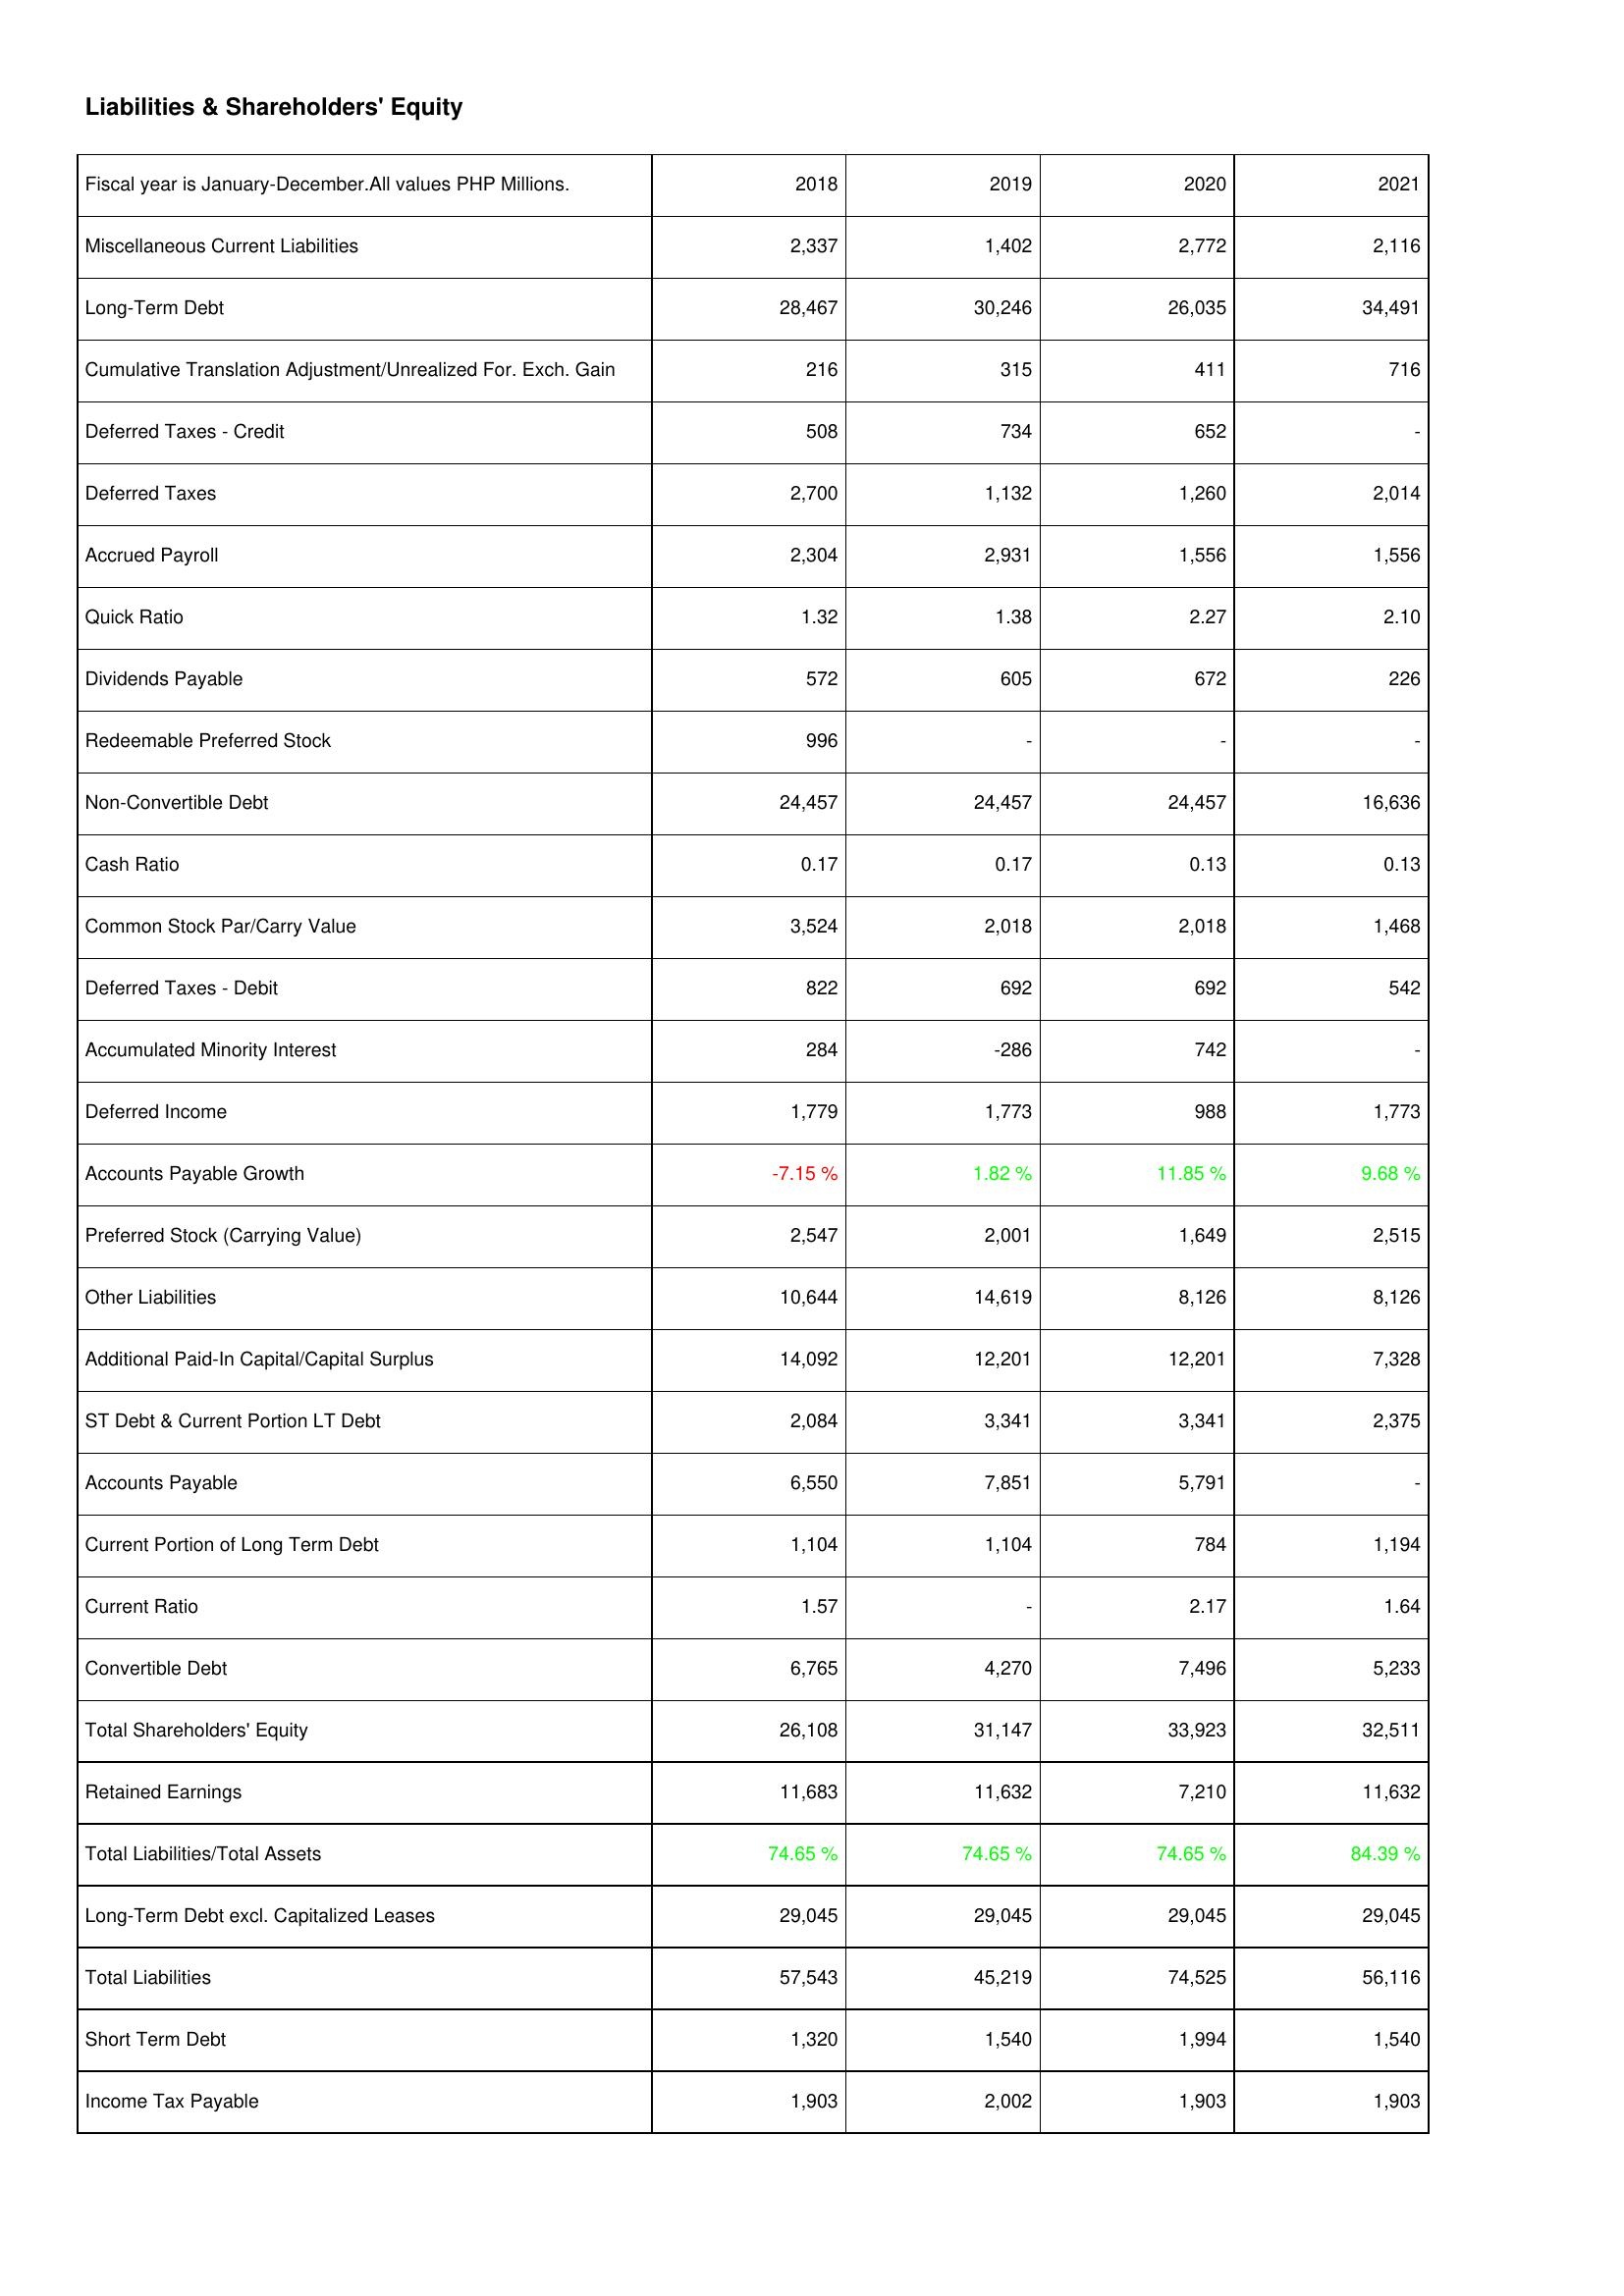
2018: Liabilities & Shareholders' Equity: Miscellaneous Current Liabilities: 2,337
Long-Term Debt: 28,467
Cumulative Translation Adjustment/Unrealized For. Exch. Gain: 216
Deferred Taxes - Credit: 508
Deferred Taxes: 2,700
Accrued Payroll: 2,304
Quick Ratio: 1.32
Dividends Payable: 572
Redeemable Preferred Stock: 996
Non-Convertible Debt: 24,457
Cash Ratio: 0.17
Common Stock Par/Carry Value: 3,524
Deferred Taxes - Debit: 822
Accumulated Minority Interest: 284
Deferred Income: 1,779
Accounts Payable Growth: -7.15 %
Preferred Stock (Carrying Value): 2,547
Other Liabilities: 10,644
Additional Paid-In Capital/Capital Surplus: 14,092
ST Debt & Current Portion LT Debt: 2,084
Accounts Payable: 6,550
Current Portion of Long Term Debt: 1,104
Current Ratio: 1.57
Convertible Debt: 6,765
Total Shareholders' Equity: 26,108
Retained Earnings: 11,683
Total Liabilities/Total Assets: 74.65 %
Long-Term Debt excl. Capitalized Leases: 29,045
Total Liabilities: 57,543
Short Term Debt: 1,320
Income Tax Payable: 1,903
2019: Liabilities & Shareholders' Equity: Miscellaneous Current Liabilities: 1,402
Long-Term Debt: 30,246
Cumulative Translation Adjustment/Unrealized For. Exch. Gain: 315
Deferred Taxes - Credit: 734
Deferred Taxes: 1,132
Accrued Payroll: 2,931
Quick Ratio: 1.38
Dividends Payable: 605
Redeemable Preferred Stock: -
Non-Convertible Debt: 24,457
Cash Ratio: 0.17
Common Stock Par/Carry Value: 2,018
Deferred Taxes - Debit: 692
Accumulated Minority Interest: -286
Deferred Income: 1,773
Accounts Payable Growth: 1.82 %
Preferred Stock (Carrying Value): 2,001
Other Liabilities: 14,619
Additional Paid-In Capital/Capital Surplus: 12,201
ST Debt & Current Portion LT Debt: 3,341
Accounts Payable: 7,851
Current Portion of Long Term Debt: 1,104
Current Ratio: -
Convertible Debt: 4,270
Total Shareholders' Equity: 31,147
Retained Earnings: 11,632
Total Liabilities/Total Assets: 74.65 %
Long-Term Debt excl. Capitalized Leases: 29,045
Total Liabilities: 45,219
Short Term Debt: 1,540
Income Tax Payable: 2,002
2020: Liabilities & Shareholders' Equity: Miscellaneous Current Liabilities: 2,772
Long-Term Debt: 26,035
Cumulative Translation Adjustment/Unrealized For. Exch. Gain: 411
Deferred Taxes - Credit: 652
Deferred Taxes: 1,260
Accrued Payroll: 1,556
Quick Ratio: 2.27
Dividends Payable: 672
Redeemable Preferred Stock: -
Non-Convertible Debt: 24,457
Cash Ratio: 0.13
Common Stock Par/Carry Value: 2,018
Deferred Taxes - Debit: 692
Accumulated Minority Interest: 742
Deferred Income: 988
Accounts Payable Growth: 11.85 %
Preferred Stock (Carrying Value): 1,649
Other Liabilities: 8,126
Additional Paid-In Capital/Capital Surplus: 12,201
ST Debt & Current Portion LT Debt: 3,341
Accounts Payable: 5,791
Current Portion of Long Term Debt: 784
Current Ratio: 2.17
Convertible Debt: 7,496
Total Shareholders' Equity: 33,923
Retained Earnings: 7,210
Total Liabilities/Total Assets: 74.65 %
Long-Term Debt excl. Capitalized Leases: 29,045
Total Liabilities: 74,525
Short Term Debt: 1,994
Income Tax Payable: 1,903
2021: Liabilities & Shareholders' Equity: Miscellaneous Current Liabilities: 2,116
Long-Term Debt: 34,491
Cumulative Translation Adjustment/Unrealized For. Exch. Gain: 716
Deferred Taxes - Credit: -
Deferred Taxes: 2,014
Accrued Payroll: 1,556
Quick Ratio: 2.10
Dividends Payable: 226
Redeemable Preferred Stock: -
Non-Convertible Debt: 16,636
Cash Ratio: 0.13
Common Stock Par/Carry Value: 1,468
Deferred Taxes - Debit: 542
Accumulated Minority Interest: -
Deferred Income: 1,773
Accounts Payable Growth: 9.68 %
Preferred Stock (Carrying Value): 2,515
Other Liabilities: 8,126
Additional Paid-In Capital/Capital Surplus: 7,328
ST Debt & Current Portion LT Debt: 2,375
Accounts Payable: -
Current Portion of Long Term Debt: 1,194
Current Ratio: 1.64
Convertible Debt: 5,233
Total Shareholders' Equity: 32,511
Retained Earnings: 11,632
Total Liabilities/Total Assets: 84.39 %
Long-Term Debt excl. Capitalized Leases: 29,045
Total Liabilities: 56,116
Short Term Debt: 1,540
Income Tax Payable: 1,903